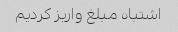
اشتباه مبلغ واریز کردیم